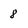
Character: 8